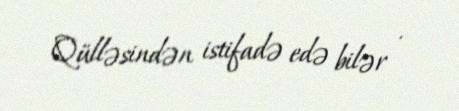
Qülləsindən istifadə edə bilər .